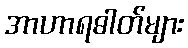
အာဟာရဓါတ်များ